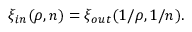
\xi _ { \small i n } ( \rho , n ) = \xi _ { \small o u t } ( 1 / \rho , 1 / n ) .